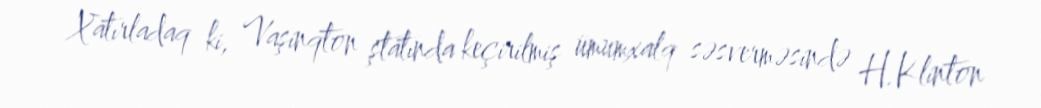
Xatırladaq ki, Vaşinqton ştatında keçirilmiş ümumxalq səsverməsində H.Klinton